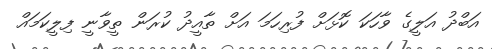
އަބްދު އަލީގެ ވާހަކަ ކޮޅަށް ފުރިހަމަ އަށް ތާއީދު ކުރަން ތީވާނީ ފިލީކަމައް